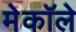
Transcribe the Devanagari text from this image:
मेकॉले